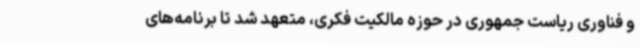
و فناوری ریاست جمهوری در حوزه مالکیت فکری، متعهد شد تا برنامه‌های